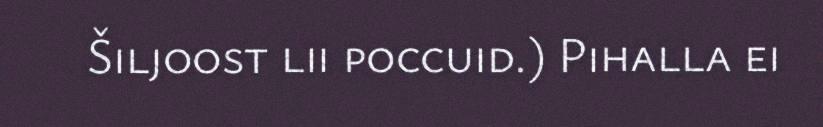
Šiljoost lii poccuid.) Pihalla ei